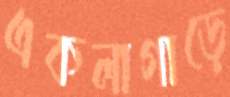
একলাগাড়ে